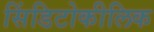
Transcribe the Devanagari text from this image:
सिंडिटोकीलिक